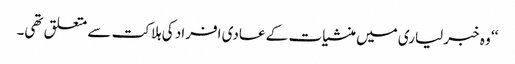
‘‘ وہ خبر لیاری میں منشیات کے عادی افراد کی ہلاکت سے متعلق تھی۔